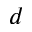
^ d